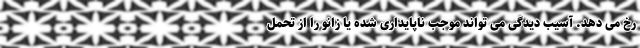
رخ می دهد. آسیب دیدگی می تواند موجب ناپایداری شده یا زانو را از تحمل